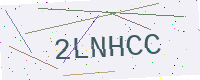
Text: 2LNHCC